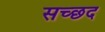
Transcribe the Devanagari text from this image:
सच्छद